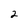
Character: 2